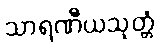
သာရဏီယသုတ္တံ